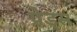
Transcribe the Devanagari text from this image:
प्रेड्स